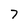
Character: 7